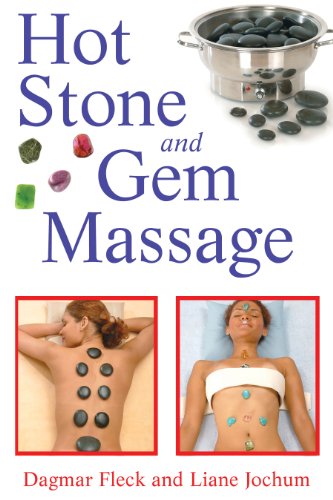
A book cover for Hot Stone and Gem Massage; Dagmar Fleck; Health, Fitness & Dieting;